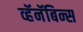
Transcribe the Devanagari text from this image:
व्हॅनॅबिन्स